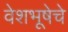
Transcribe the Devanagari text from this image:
वेशभूषेचे